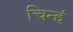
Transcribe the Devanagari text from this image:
चिन्हं